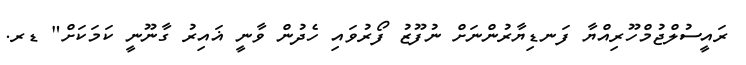
ރައީސުލްޖުމްހޫރިއްޔާ ފަނޑިޔާރުންނަށް ނުފޫޒު ފޯރުވައި ހެދުން ވާނީ ޣައިރު ގާނޫނީ ކަމަކަށް" ޑރ.